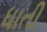
ધાતી